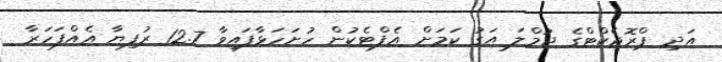
އަދި ޕްރޮޖެކްޓްގެ ޖުމްލަ އަގު ކަމަށް އެފްޓެކުން ހުށަހަޅާފައިވާ 12.7 ރުފިޔާ އެއްފަހަރާ